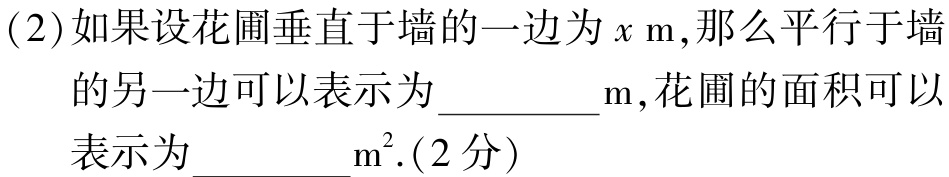
(2)如果设花圃垂直于墙的一边为\(x\mathrm{\ m}\)，那么平行于墙的另一边可以表示为  m，花圃的面积可以表示为  \(\mathrm{m}^{2}\).(2分)